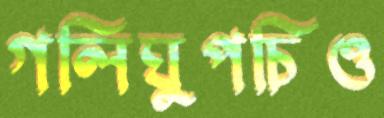
গলিঘুপচিও